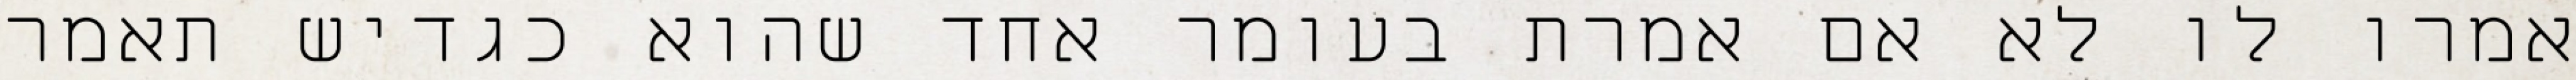
אמרו לו לא אם אמרת בעומר אחד שהוא כגדיש תאמר